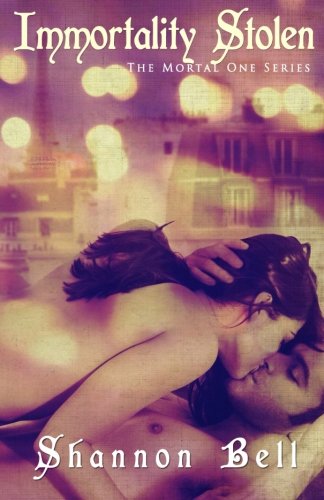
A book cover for Immortality Stolen (The Mortal One Series) (Volume 2); Shannon Bell; Romance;